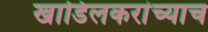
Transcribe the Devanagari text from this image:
खाडिलकरांच्याच